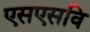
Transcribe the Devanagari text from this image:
एसएसवि